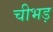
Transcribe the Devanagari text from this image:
चीभड़